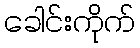
ခေါင်းကိုက်